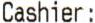
CASHIER :